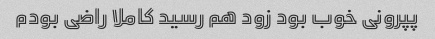
پپرونی خوب بود زود هم رسید کاملا راضی بودم